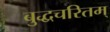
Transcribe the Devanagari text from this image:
बुद्धचरितम्‌